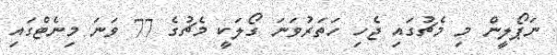
ނަޕޯލީން މި މެޗުގައި ޖެހި ހަތަރުވަނަ ގޯލަކީ މެޗުގެ 77 ވަނަ މިނެޓްގައި